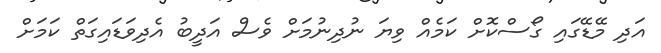
އަދި މޭޑޭގައި ގޯސްކޮށް ކަމެއް ވިޔަ ނުދިނުމަށް ވެސް އަދީބު އެދިވަޑައިގަތް ކަމަށް